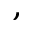
,